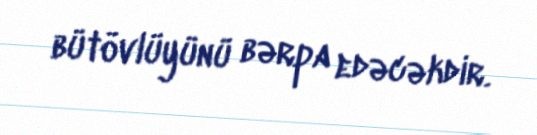
bütövlüyünü bərpa edəcəkdir.